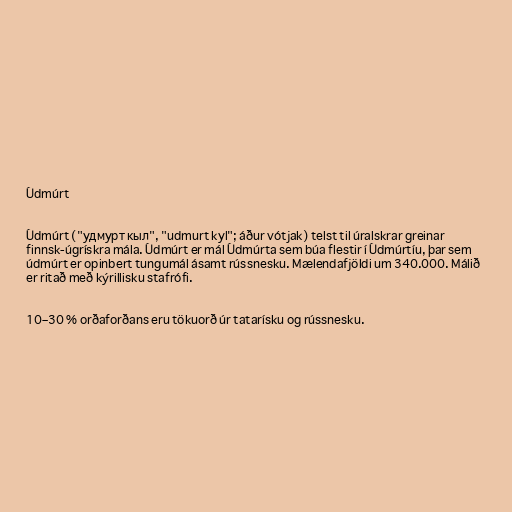
Údmúrt

Údmúrt ("удмурт кыл", "udmurt kyl"; áður vótjak) telst til úralskrar greinar
finnsk-úgrískra mála. Údmúrt er mál Údmúrta sem búa flestir í Údmúrtíu, þar sem
údmúrt er opinbert tungumál ásamt rússnesku. Mælendafjöldi um 340.000. Málið
er ritað með kýrillisku stafrófi.

10–30 % orðaforðans eru tökuorð úr tatarísku og rússnesku.